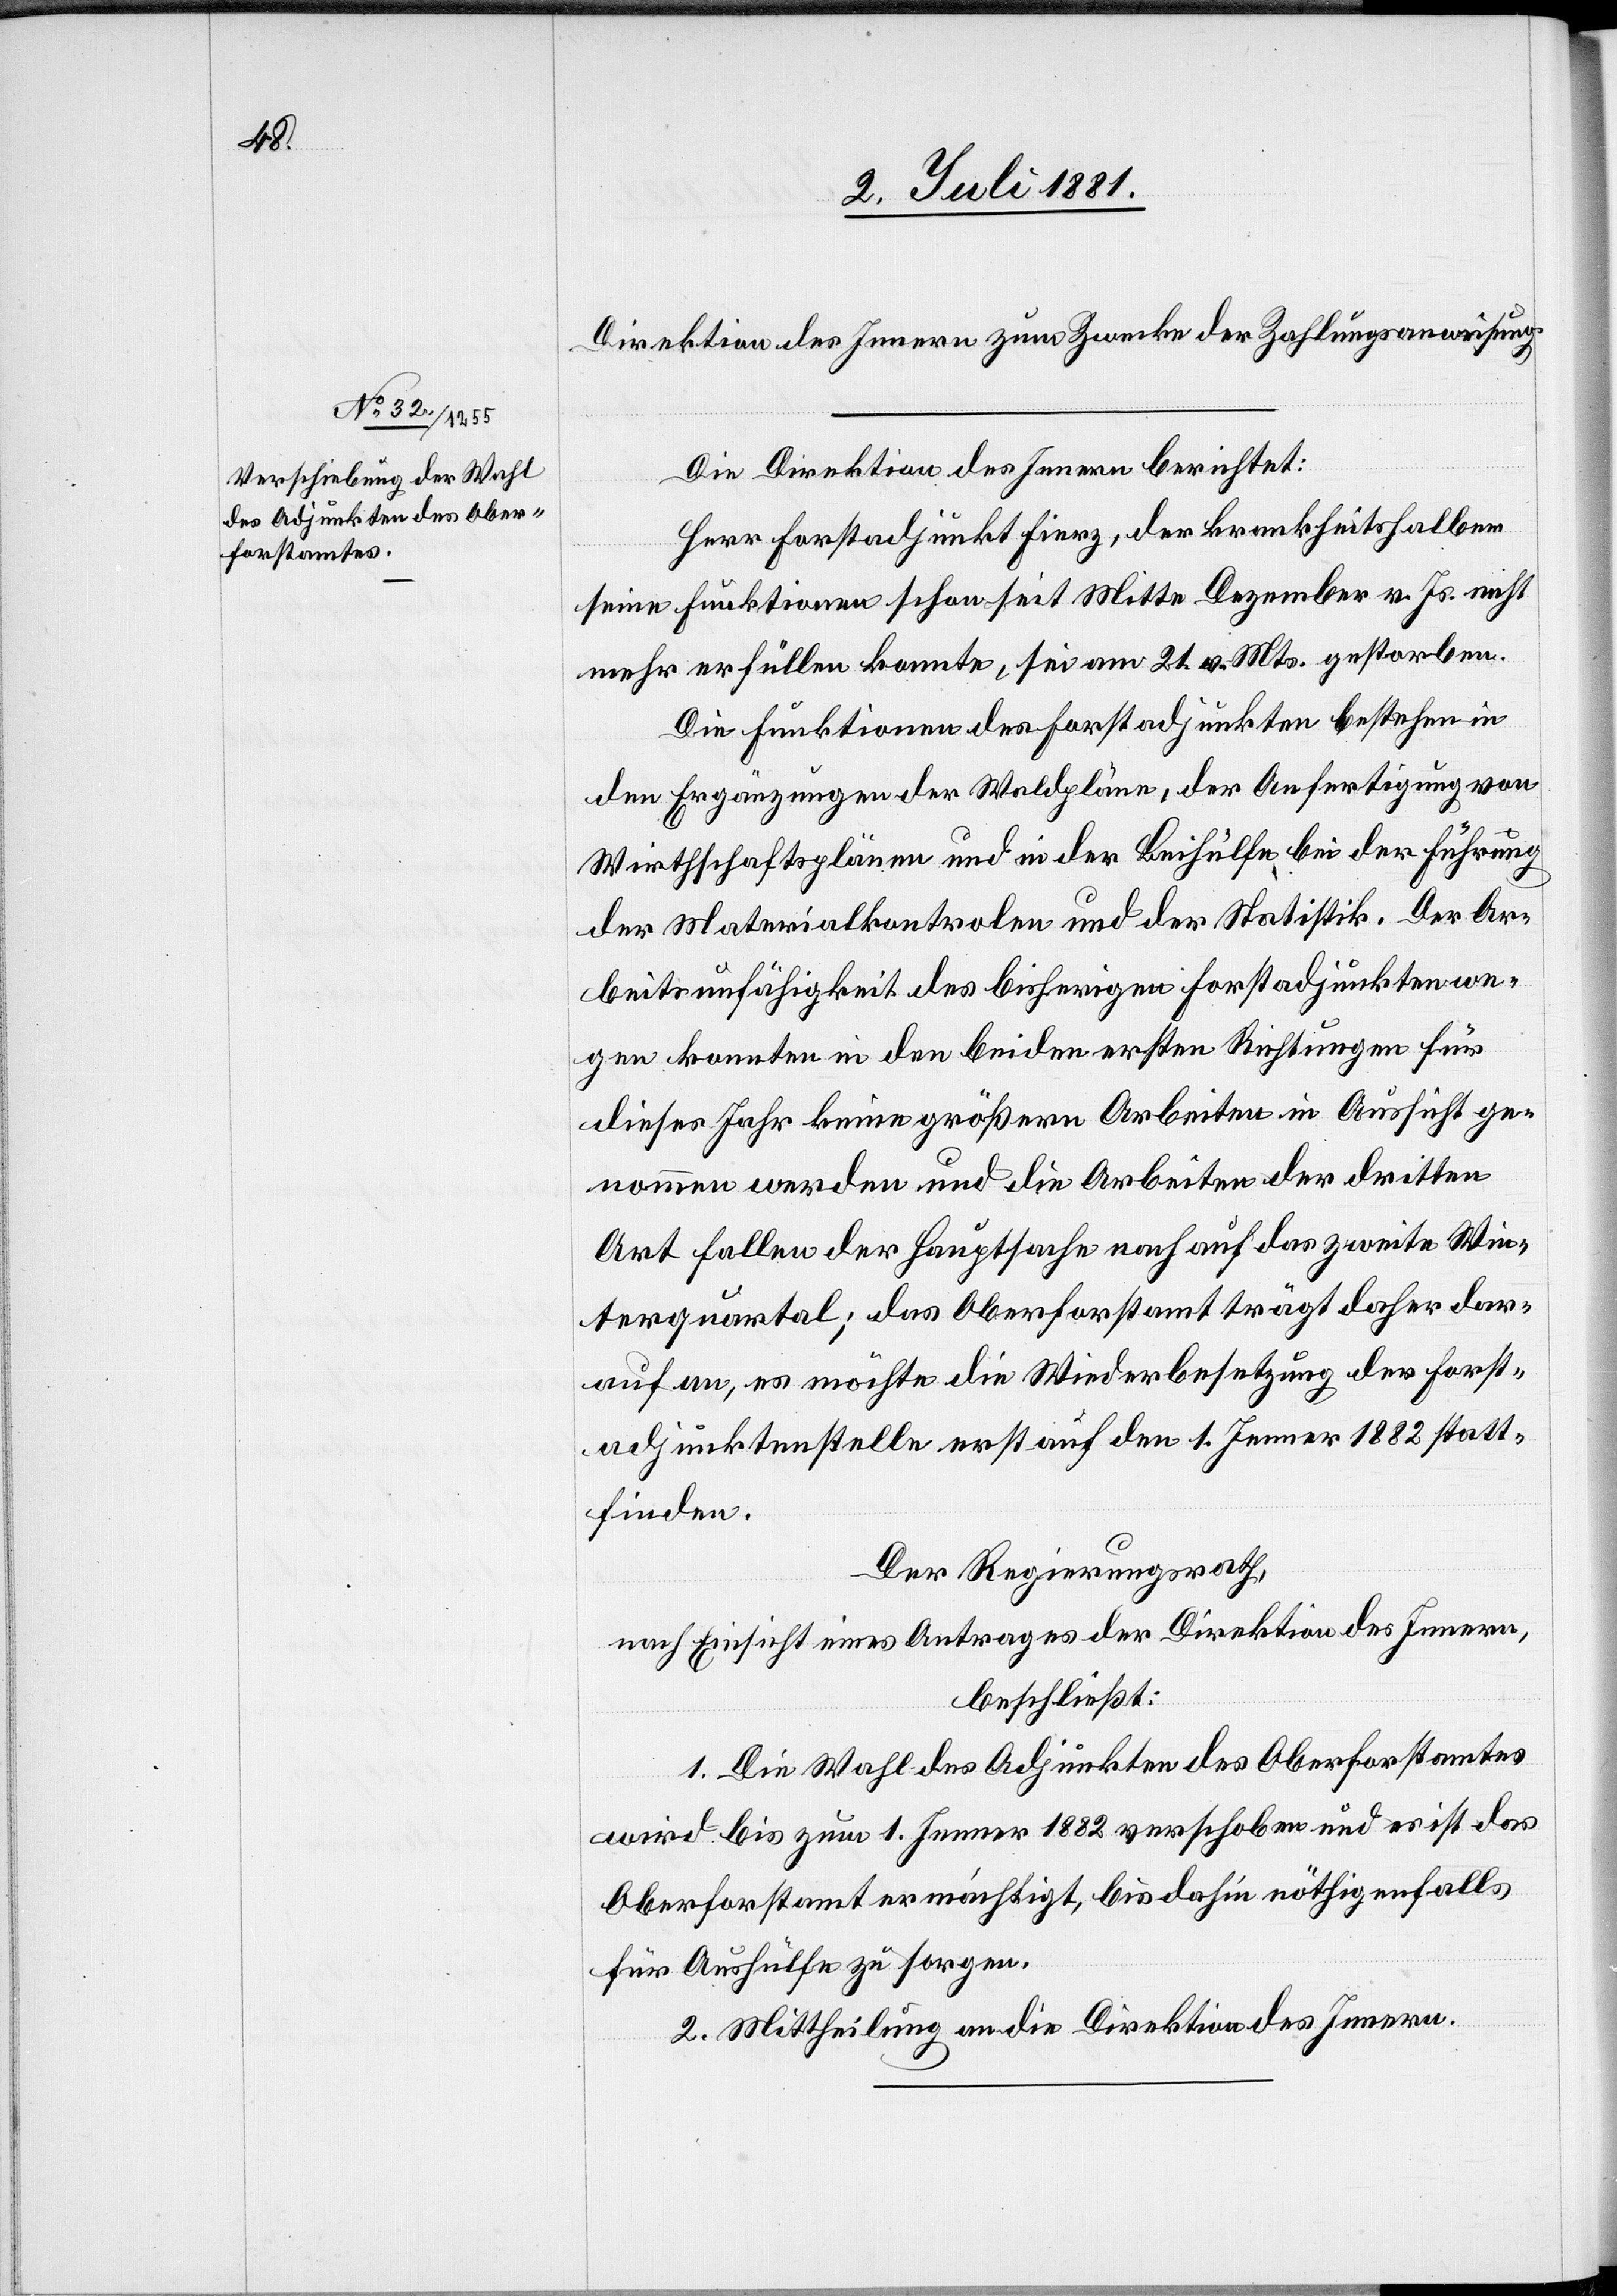
Direktion des Innern zum Zwecke der Zahlungsanweisung.
Die Direktion des Innern berichtet:
Herr Forstadjunkt Fierz, der krankheitshalber
seine Funktionen schon seit Mitte Dezember v. Js. nicht
mehr erfüllen konnte, sei am 21. v. Mts. gestorben.
Die Funktionen des Forstadjunkten bestehen in
den Ergänzungen der Waldpläne, der Anfertigung von
Wirtschaftsplänen und in der Beihülfe bei der Führung
der Materialkontrolen und der Statistik. Der Ar¬
beitsunfähigkeit des bisherigen Forstadjunkten we¬
gen konnten in den beiden ersten Richtungen für
dieses Jahr keine größern Arbeiten in Aussicht ge¬
nommen werden und die Arbeiten der dritten
Art fallen der Hauptsache nach auf das zweite Win¬
terquartal; das Oberforstamt trägt daher dar¬
auf an, es möchte die Wiederbesetzung der Forst¬
adjunktenstelle erst auf den 1. Jenner 1882 statt¬
finden.
Der Regierungsrath,
nach Einsicht eines Antrages der Direktion des Innern,
beschließt:
1. Die Wahl des Adjunkten des Oberforstamtes
wird bis zum 1. Jenner 1882 verschoben und es ist das
Oberforstamt ermächtigt, bis dahin nöthigenfalls
für Aushülfe zu sorgen.
2. Mittheilung an die Direktion des Innern.